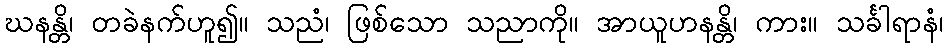
ဃနန္တိ၊ တခဲနက်ဟူ၍။ သညံ၊ ဖြစ်သော သညာကို။ အာယူဟနန္တိ၊ ကား။ သင်္ခါရာနံ၊